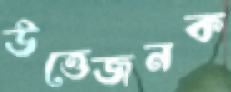
উত্তেজনক